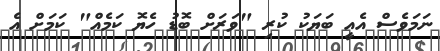
ނަމަވެސް އެއީ ބަޔަކު ކުރި "ވަރަށް ބޮޑު ހެޔޮ ކަމެއް" ކަމަށް އެ